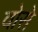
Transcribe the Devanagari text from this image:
वोसे